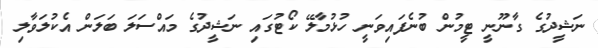
ނަޝީދުގެ ގާނޫނީ ޓީމުން ބުނެފައިވަނީ ހުޅުމާލޭ ކޯޓުގައި ނަޝީދުގެ މައްސަލަ ބަލަން އެކުލަވާލި